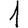
Digit: 1